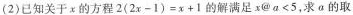
(2)已知关于x的方程$$2 ( 2 x - 1 ) = x + 1$$的解满足$$x @ < 5$$,求a的取